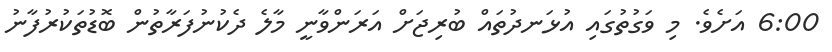
6:00 އަށެވެ. މި ވަގުތުގައި އުޅަނދުތައް ބުރިޖަށް އަރަންވާނީ މާލެ ދެކުނުފަރާތުން ބޮޑުތަކުރުފާނު